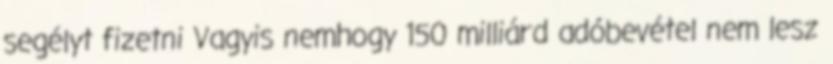
segélyt fizetni Vagyis nemhogy 150 milliárd adóbevétel nem lesz